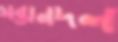
সন্তানদল